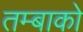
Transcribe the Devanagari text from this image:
तम्बाको